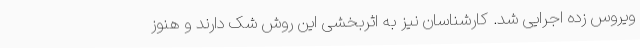
ویروس زده اجرایی شد. کارشناسان نیز به اثربخشی این روش شک دارند و هنوز